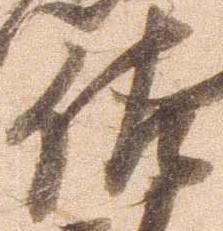
佐